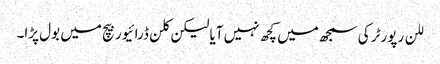
للن رپورٹر کی سمجھ میں کچھ نہیں آیا لیکن کلن ڈرائیور بیچ میں بول پڑا۔